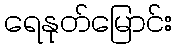
ရေနုတ်မြောင်း